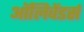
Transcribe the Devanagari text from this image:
ऑलिवेंडर्स